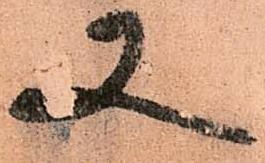
又